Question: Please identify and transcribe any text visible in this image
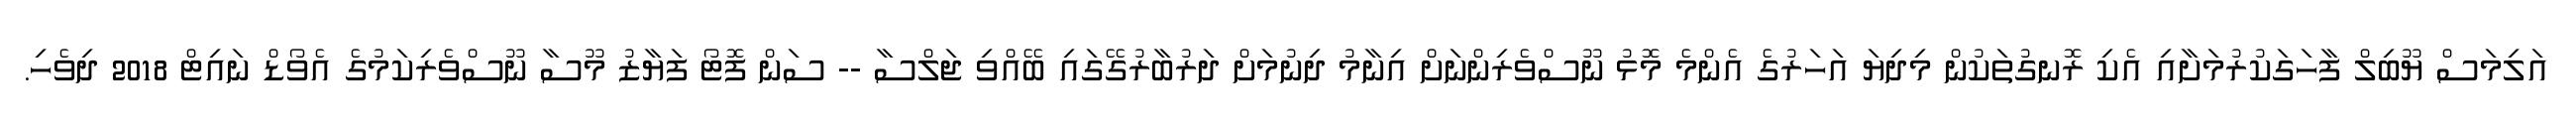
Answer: އަލިމަސް ޔޫބިލް ފާހަގަކުރުމަށާއި އެކި ރޮނގުތަކުން މިދިޔަ އަހަރުގެ އެންމެ މޮޅު ނޫސްވެރިންނަށް އިނާމު ދިނުމަށް ދަރުބާރުގޭގައި ބޭއްވި ޖަލްސާ -- ސަން ފޮޓޯ ފަޔާޒު މޫސާ ނޫސްވެރިކަމުގެ އެވޯޑް ނައިޓް 2018 ދިވެހި.